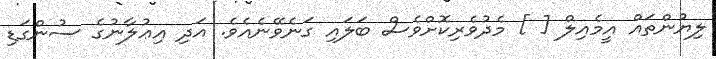
ލިޔުންތައް އީމެއިލް [ ] މެދުވެރިކޮށްވެސް ބަލައި ގަނެވޭނެއެވެ. އަދި އިޢުލާނުގެ ސުންގަޑި